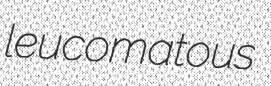
leucomatous